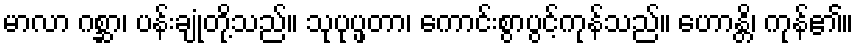
မာလာ ဂစ္ဆာ၊ ပန်းချုံတို့သည်။ သုပုပ္ဖတာ၊ ကောင်းစွာပွင့်ကုန်သည်။ ဟောန္တိ၊ ကုန်၏။